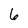
Character: 6